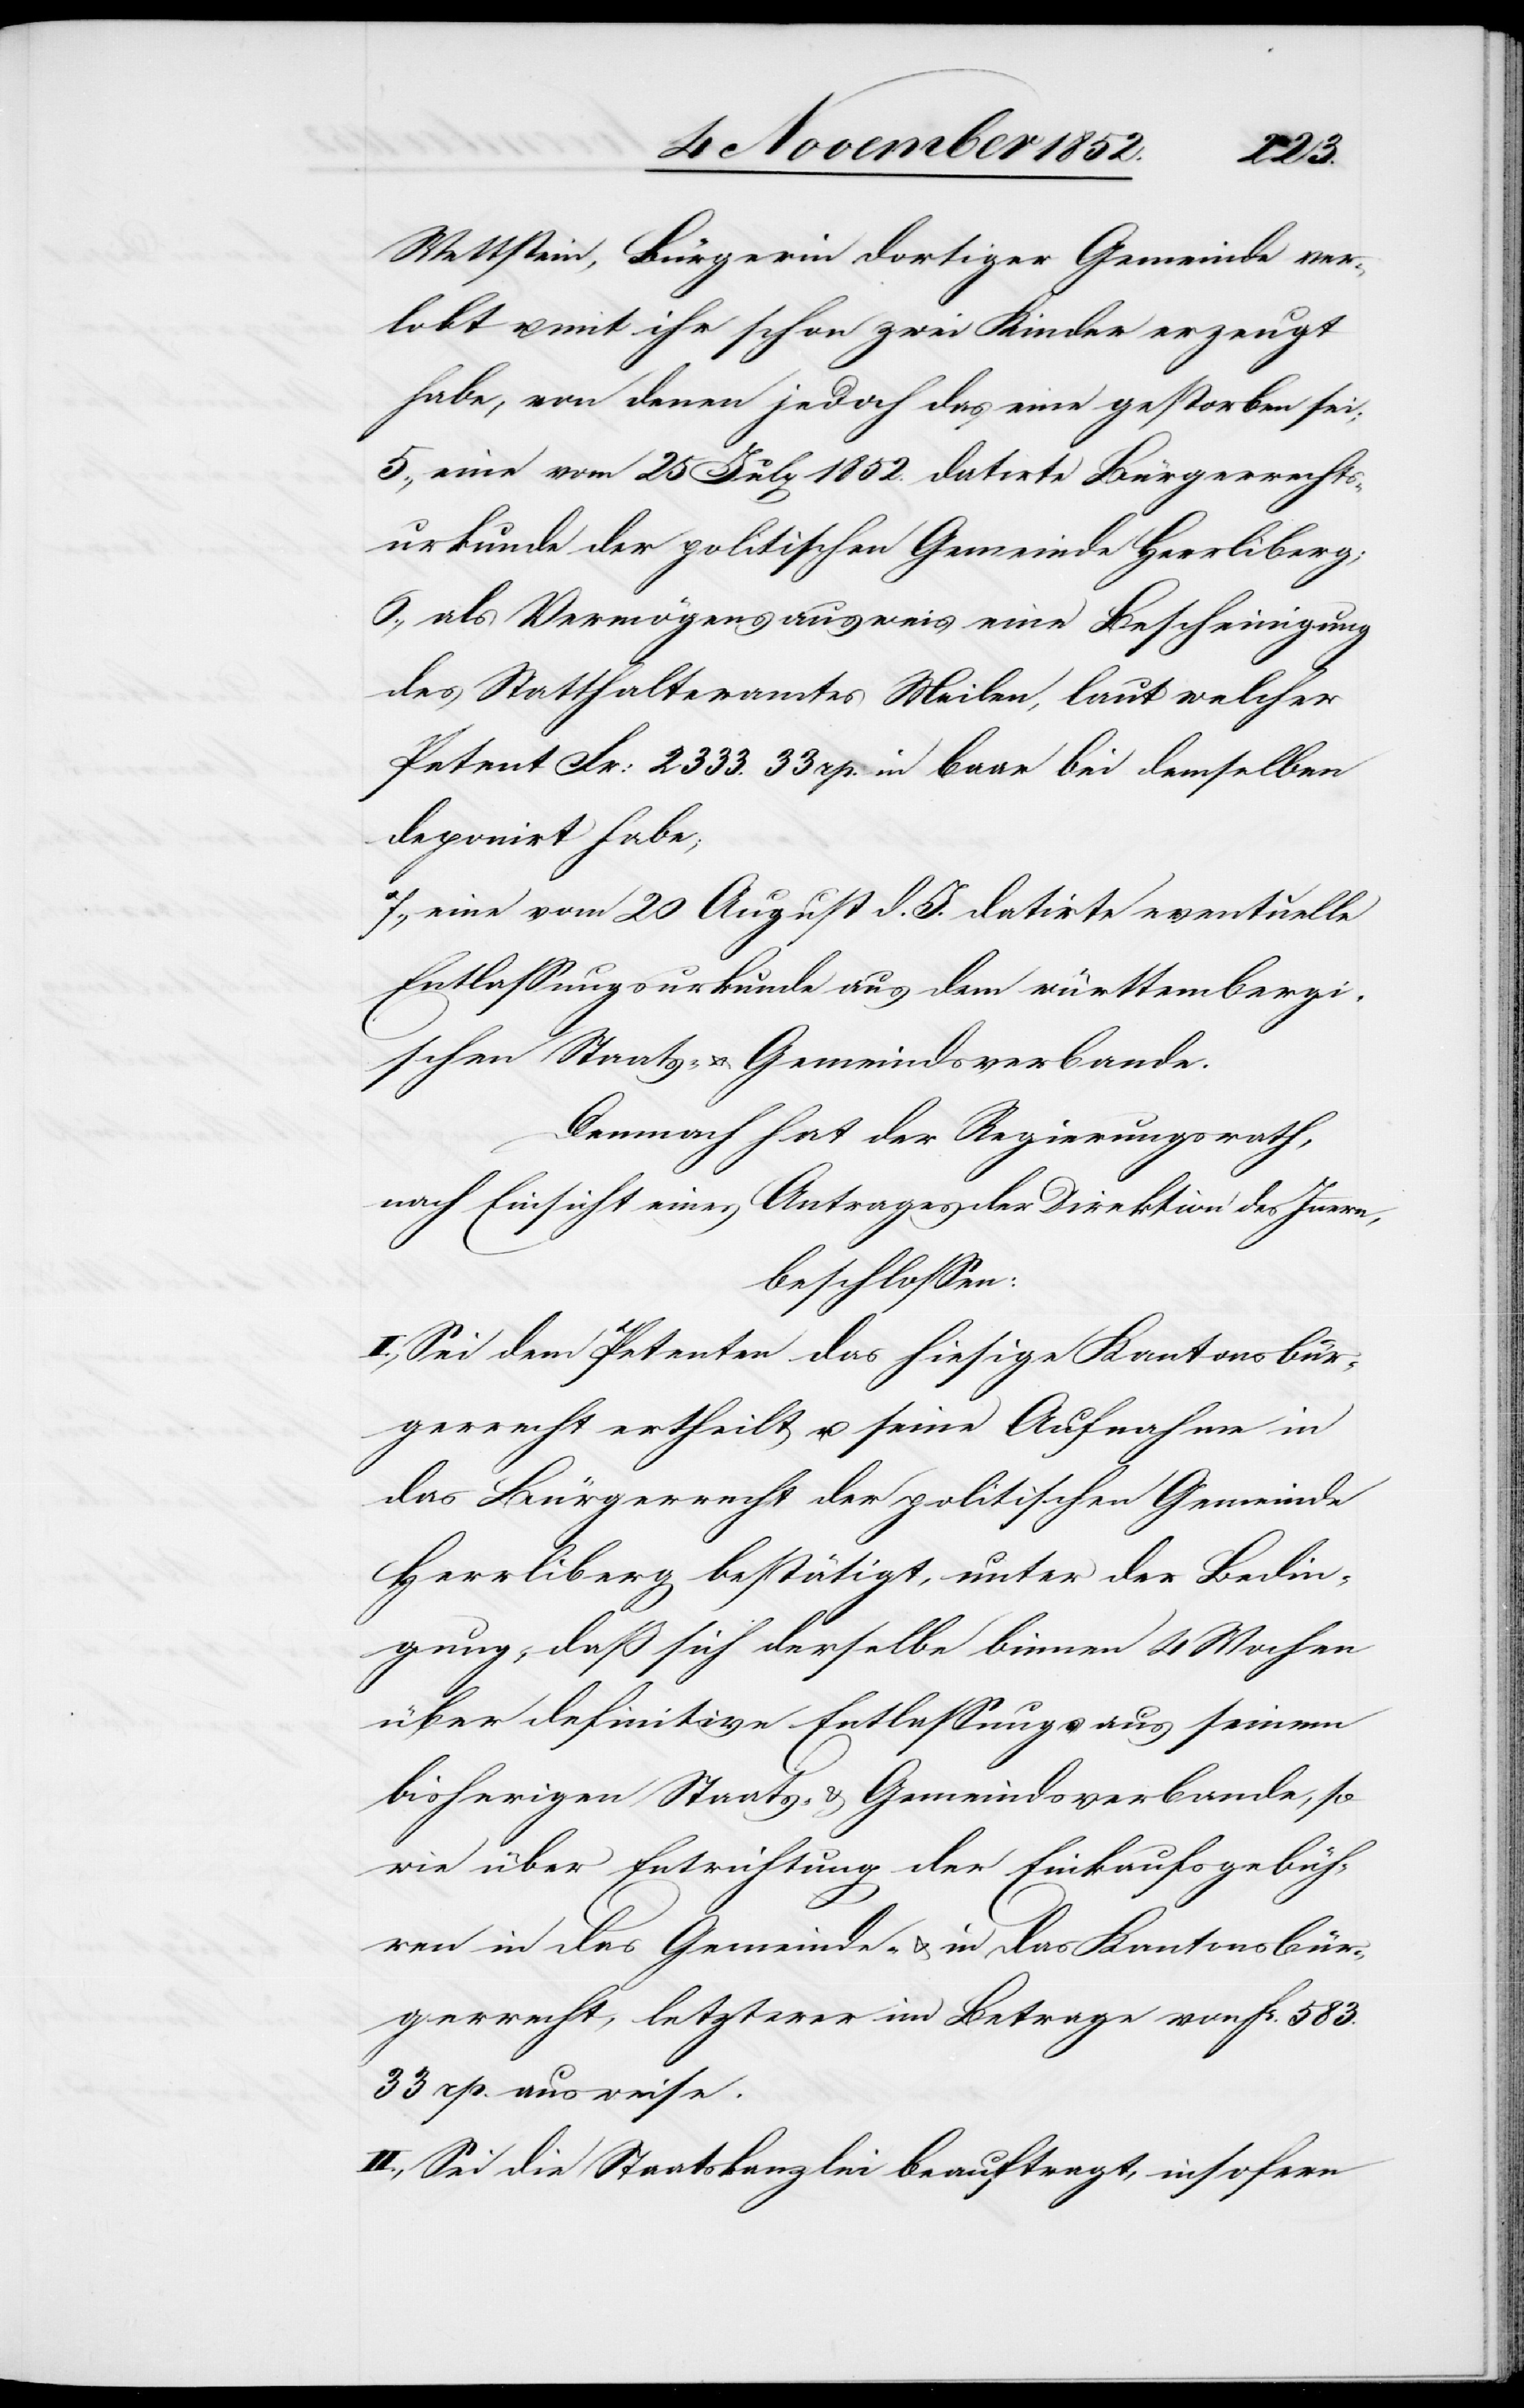
Wettstein, Bürgerin dortiger Gemeinde ver¬
lobt u. mit ihr schon zwei Kinder erzeugt
habe, von denen jedoch das eine gestorben sei;
eine vom 25 July 1852. datirte Bürgerrechts¬
urkunde der politischen Gemeinde Herrliberg;
als Vermögensausweis eine Bescheinigung
des Statthalteramtes Meilen, laut welcher
Petent Fr: 2333. 33 rp. in baar bei demselben
deponirt habe;
eine vom 20 August d. J. datirte eventuelle
Entlassungsurkunde aus dem württembergi¬
schen Staats- & Gemeindsverbande.
Demnach hat der Regierungsrath,
nach Einsicht eines Antrages der Direktion des Innern,
beschlossen:
I., Sei dem Petenten das hiesige Kantonsbür¬
gerrecht ertheilt u. seine Aufnahme in
das Bürgerrecht der politischen Gemeinde
Herrliberg bestätigt, unter der Bedin¬
gung, daß sich derselbe binnen 4 Wochen
über definitive Entlassung aus seinem
bisherigen Staats- & Gemeindsverbande, so
wie über Entrichtung der Einkaufsgebüh¬
ren in das Gemeinde- & in das Kantonsbür¬
gerrecht, letzterer im Betrage von Fr. 583.
33 rp. ausweise.
II., Sei die Staatskanzlei beauftragt, insofern